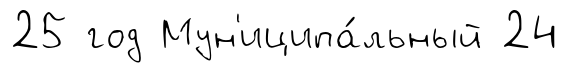
25 год Мун'иципа́льный 24